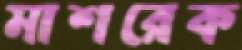
মাশরেক